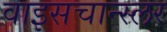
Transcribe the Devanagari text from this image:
वाइसचान्स्लर